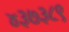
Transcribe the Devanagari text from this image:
४३७३८९